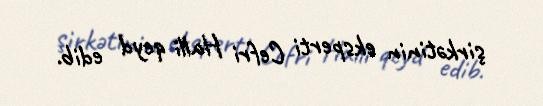
şirkətinin eksperti Cefri Halli qeyd edib.